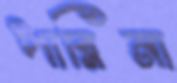
পারিনা